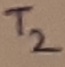
Text: T2